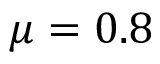
\mu = 0 . 8